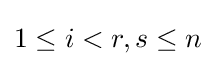
1\leq i<r,s\leq n